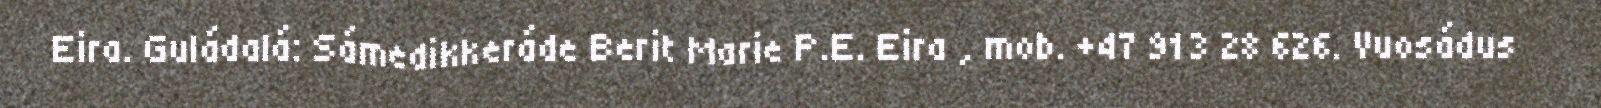
Eira. Guládalá: Sámedikkeráde Berit Marie P.E. Eira , mob. +47 913 28 626. Vuosádus